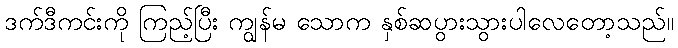
ဒက်ဒီကင်းကို ကြည့်ပြီး ကျွန်မ သောက နှစ်ဆပွားသွားပါလေတော့သည်။